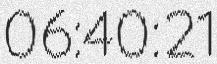
06:40:21